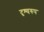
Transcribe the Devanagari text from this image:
दृश्यरुप